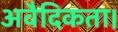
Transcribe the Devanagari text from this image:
अवैदिकता।